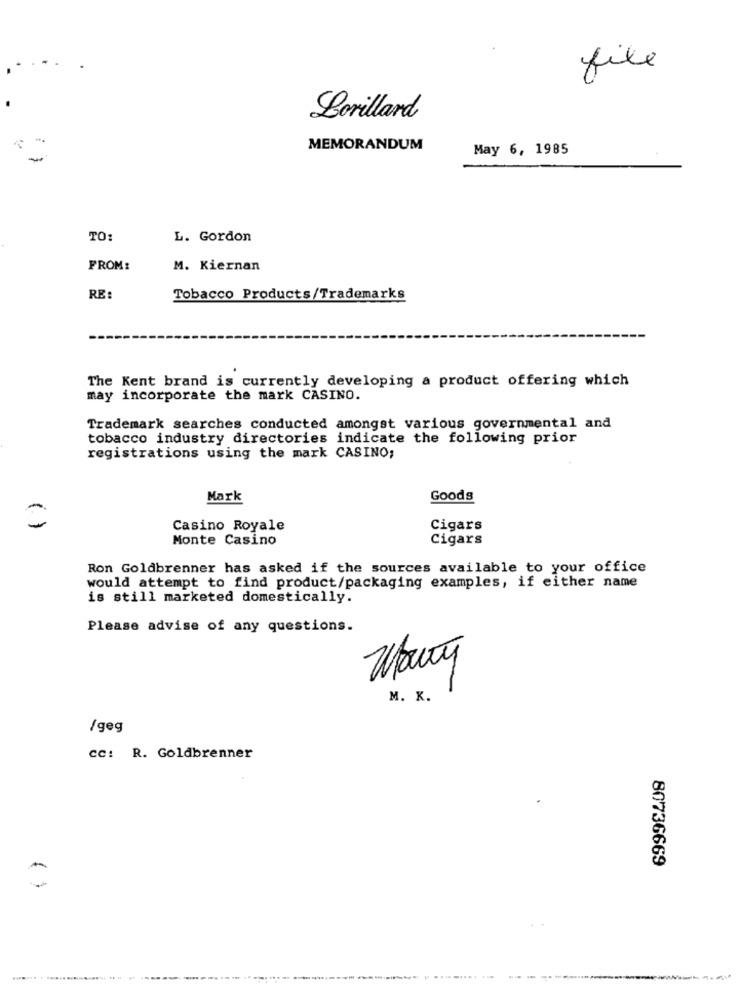
file
Lorillard
MEMORANDUM
May 6, 1985
TO:
L. Gordon
FROM:
M. Kiernan
RE:
Tobacco Products/Trademarks
The Kent brand is currently developing a product offering which
may incorporate the mark CASINO.
Trademark searches conducted amongst various governmental and
tobacco industry directories indicate the following prior
registrations using the mark CASINO;
Mark
Goods
(.)
Casino Royale
Cigars
Monte Casino
Cigars
Ron Goldbrenner has asked if the sources available to your office
would attempt to find product/packaging examples, if either name
is still marketed domestically.
Please advise of any questions.
Wany
M. K.
/geg
cc: R. Goldbrenner
80736669